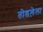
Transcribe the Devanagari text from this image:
तोडलेला